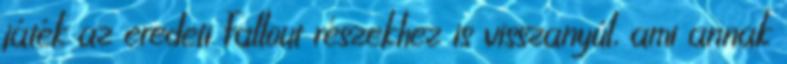
játék az eredeti Fallout részekhez is visszanyúl, ami annak